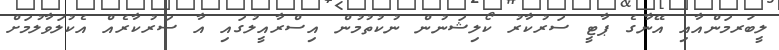
ލީބަރމަންއާއި އޭނާގެ ޕާޓީ ސަރުކާރު ކޯލިޝަނުން ނުކުތުމުން އިސްރާއީލުގައި އާ ސަރުކާރެއް އެކުލަވާލުމަށް